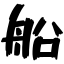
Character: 船